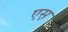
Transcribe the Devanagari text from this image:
एस़